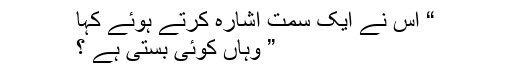
“ اس نے ایک سمت اشارہ کرتے ہوئے کہا
” وہاں کوئی بستی ہے ؟